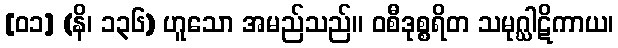
[၀၁] (နိ၊ ၁၃၆) ဟူသော အမည်သည်။ ဝစီဒုစ္စရိတ သမုဂ္ဃါဋိကာယ၊